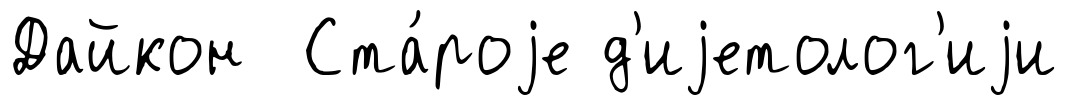
Дайкон Ста́роjе д'иjетолог'иjи